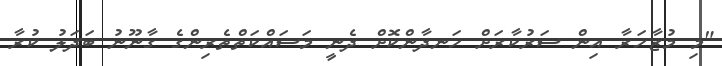
"މި މުޒާހަރާ އިން ސަރުކާރަށް ހަނދާންކޮށް ދެނީ މަސައްކަތްތެރިންގެ ގާނޫނު ބަދަލު ކުރާ